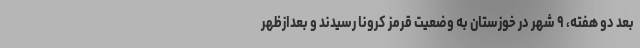
بعد دو هفته، ۹ شهر در خوزستان به وضعیت قرمز کرونا رسیدند و بعدازظهر